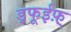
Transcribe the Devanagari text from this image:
ड्फूईफ़़्